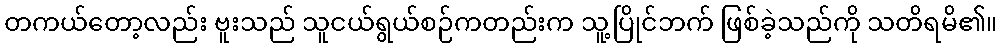
တကယ်တော့လည်း ဗူးသည် သူငယ်ရွယ်စဉ်ကတည်းက သူ့ပြိုင်ဘက် ဖြစ်ခဲ့သည်ကို သတိရမိ၏။